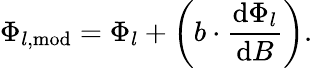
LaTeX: \Phi_{l,\mathrm{mod}}=\Phi_{l}+\left(b\cdot\frac{\mathrm{d}\Phi_{l}}{\mathrm{d}B}\right).